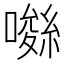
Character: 𡀚